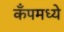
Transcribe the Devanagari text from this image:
कँपमध्ये